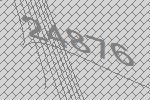
24876